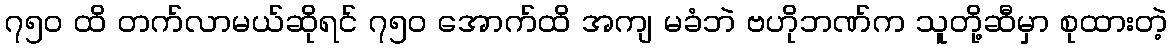
၇၅၀ ထိ တက်လာမယ်ဆိုရင် ၇၅၀ အောက်ထိ အကျ မခံဘဲ ဗဟိုဘဏ်က သူတို့ဆီမှာ စုထားတဲ့